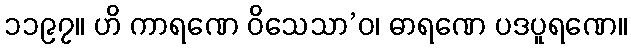
၁၁၉၇။ ဟိ ကာရဏေ ဝိသေသာ’ဝ၊ ဓာရဏေ ပဒပူရဏေ။